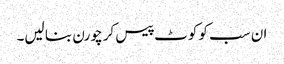
ان سب کو کوٹ پیس کر چورن بنا لیں۔